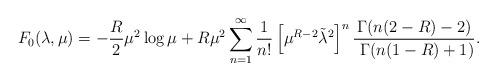
LaTeX: \begin{align*}F_0(\lambda,\mu)=-{R\over2}\mu^2\log\mu+R\mu^2\sum_{n=1}^\infty{1\over n!}\left[\mu^{R-2}\tilde\lambda^2\right]^n{\Gamma(n(2-R)-2)\over \ \Gamma(n(1-R)+1)}.\end{align*}